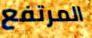
المرتفع